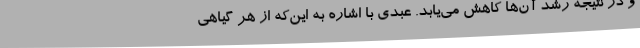
و در نتیجه رشد آن‌ها کاهش می‌یابد. عبدی با اشاره به این‌که از هر گیاهی